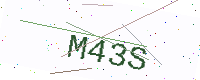
Text: M43S